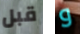
قبل و